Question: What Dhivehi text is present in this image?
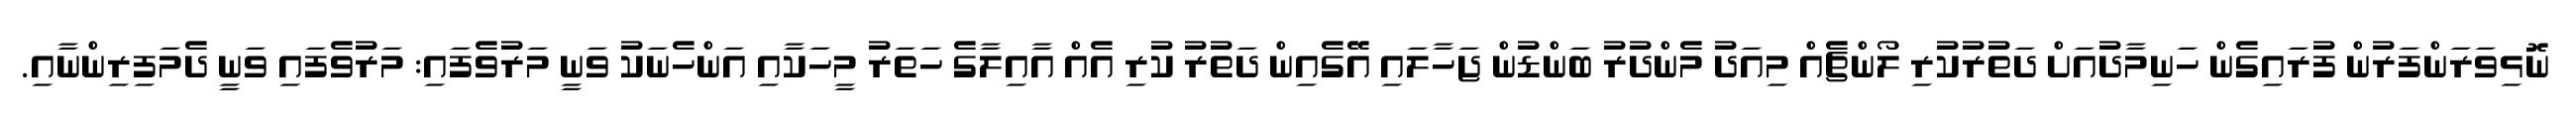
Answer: ނޮޅިވަރަންފަރުން ފުރައިގެން ހަނިމާދުއަށް ދަތުރުކުރި ލޯންޗެއް މިއަދު މެންދުރު ބަންޑުން ޖަހާލައި އޭގެއިން ދަތުރު ކުރި އެއް އާއިލާގެ ހަތަރު މީހަކާއި އަންހެނަކު ވަނީ މަރުވެފައި: މަރުވެފައި ވަނީ ދެމަފިރިންނާއި.